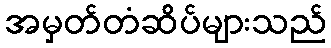
အမှတ်တံဆိပ်များသည်